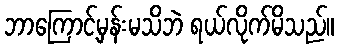
ဘာကြောင့်မှန်းမသိဘဲ ရယ်လိုက်မိသည်။